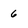
Character: 6